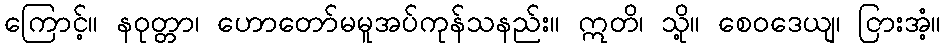
ကြောင့်။ နဝုတ္တာ၊ ဟောတော်မမူအပ်ကုန်သနည်း။ ဣတိ၊ သို့။ စေဝဒေယျ၊ ငြားအံ့။